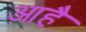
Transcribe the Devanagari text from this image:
आहै